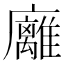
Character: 𢌈